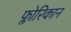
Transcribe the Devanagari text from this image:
फ्लोरिकान